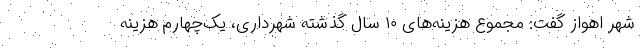
شهر اهواز گفت: مجموع هزینه‌های ۱۰ سال گذشته شهرداری، یک‌چهارم هزینه